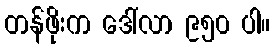
တန်ဖိုးက ဒေါ်လာ ၉၅၀ ပါ။